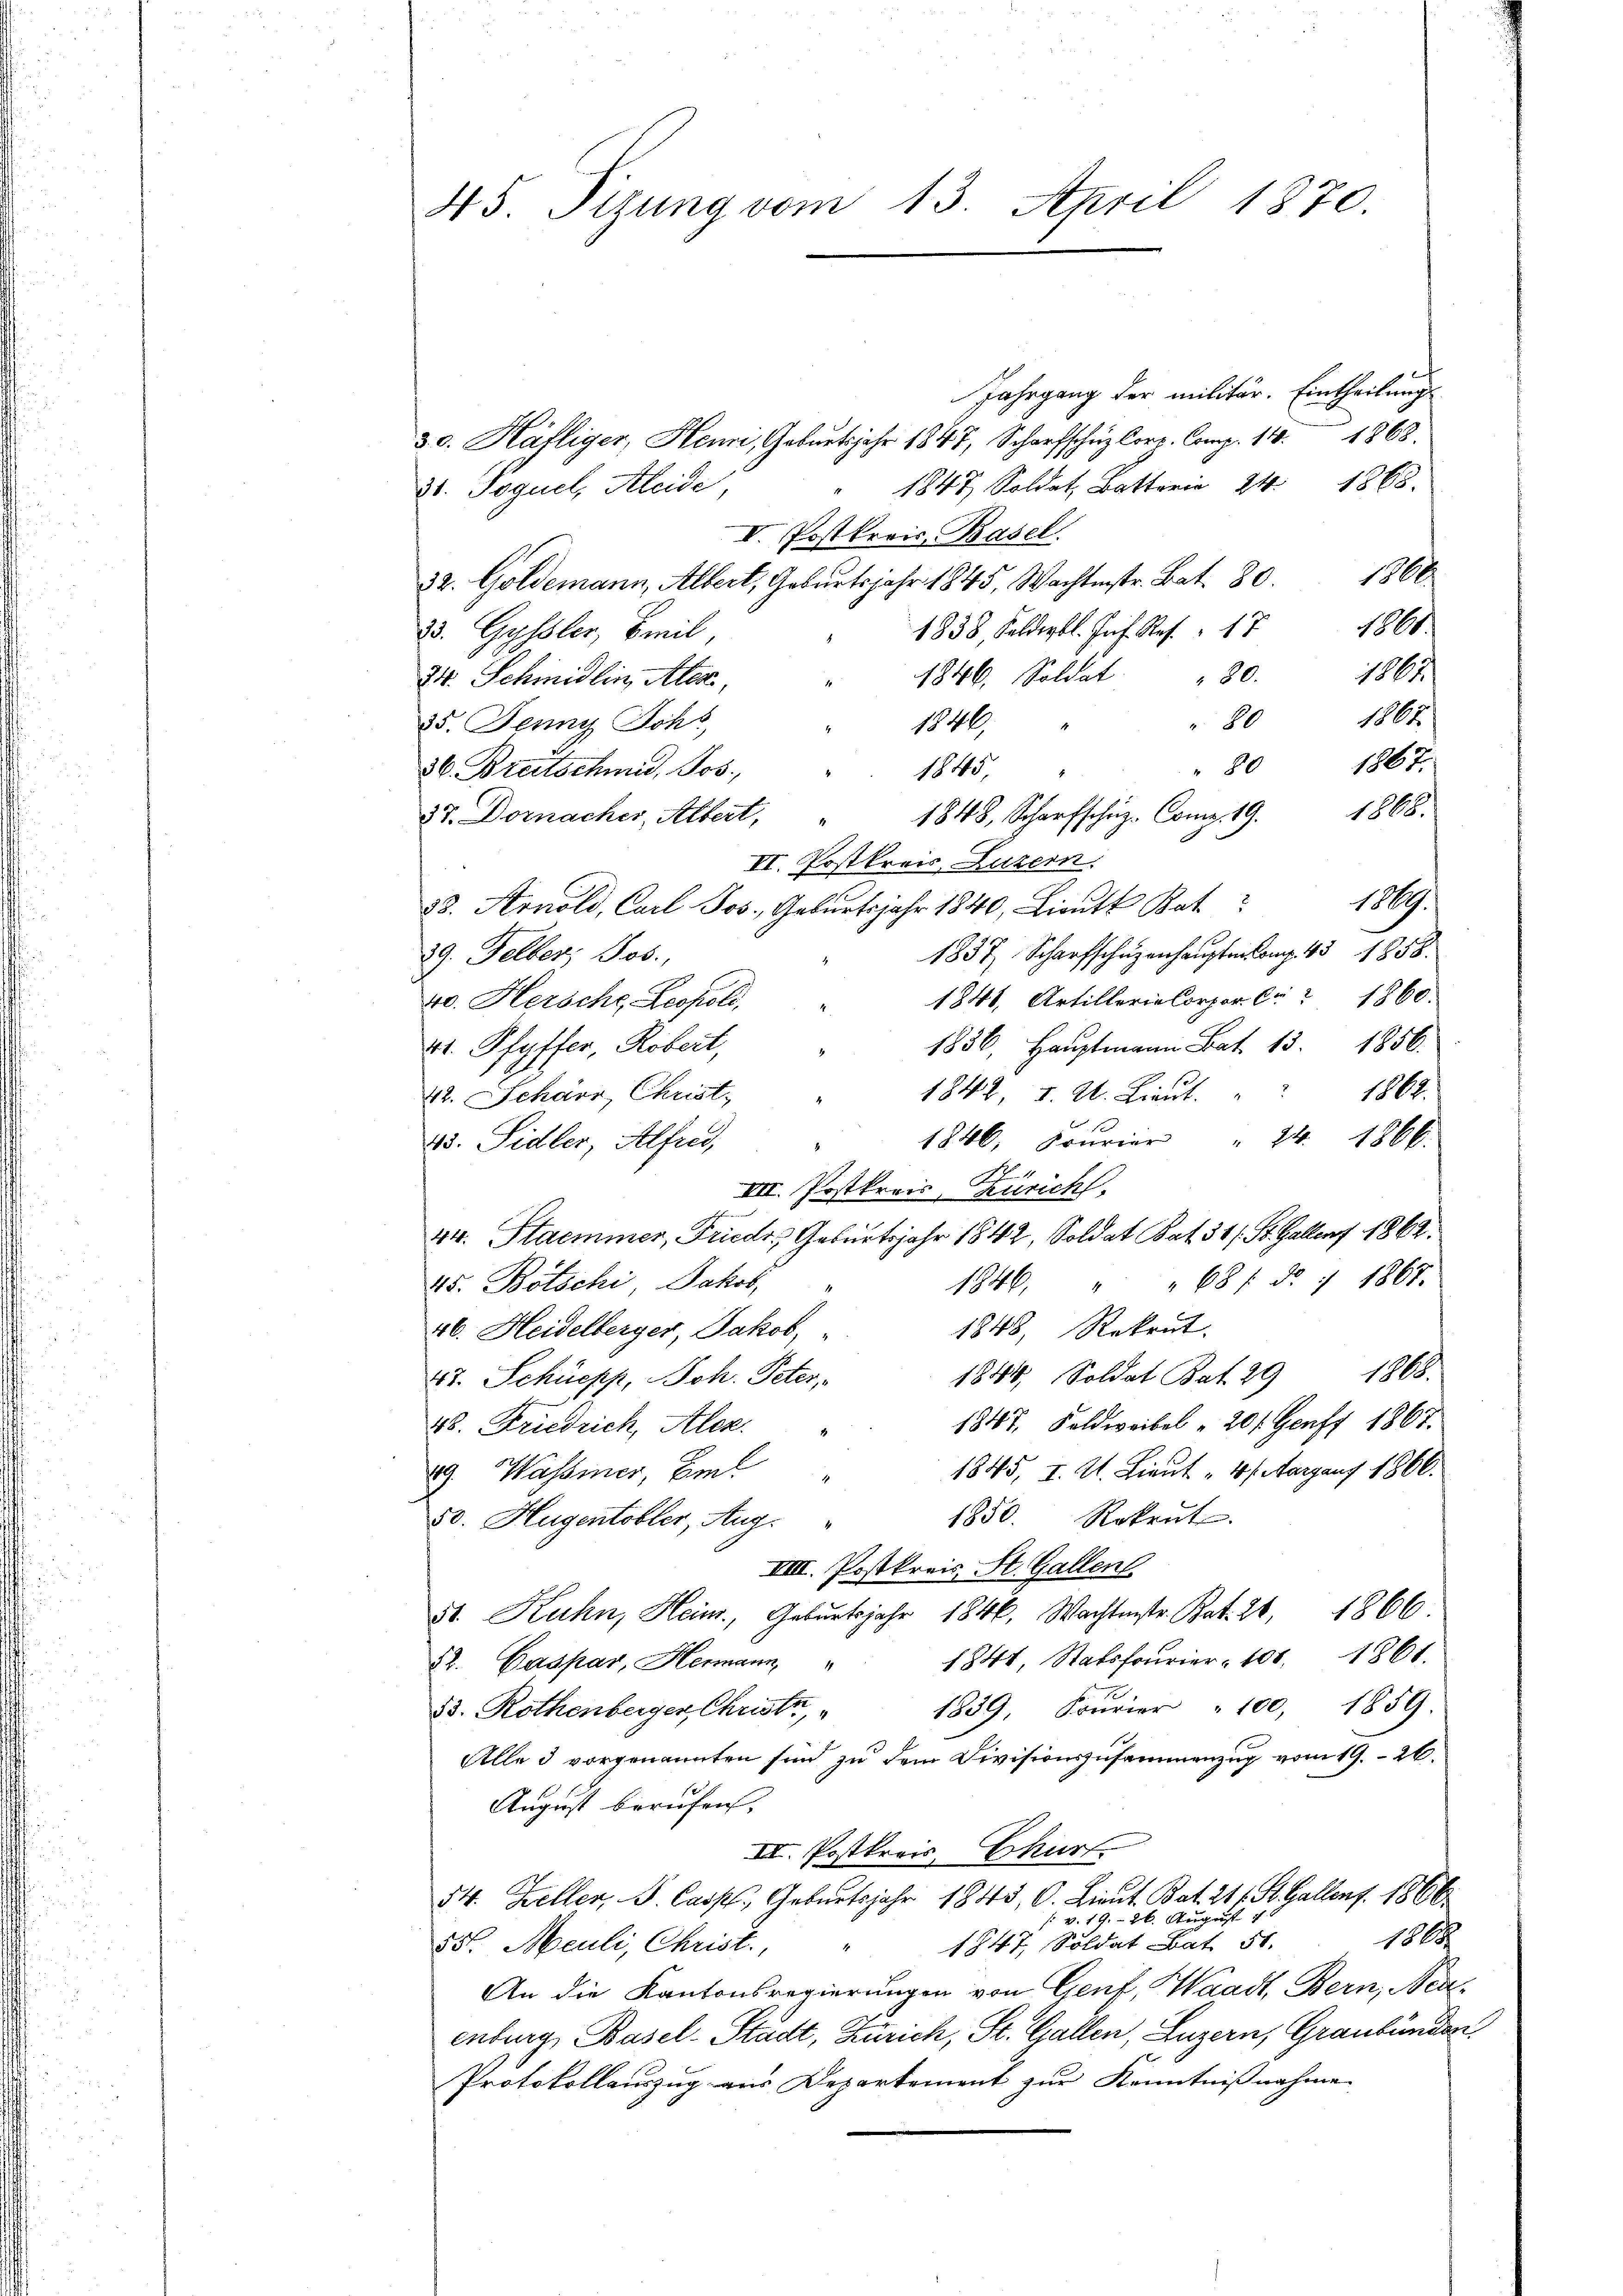
45. Sizung vom 13. April 1870.

Jahrgang der militär. Eintheilungs
1868.
30. Häfliger, Henri, Geburtsjahr 1847, Scharfschuz Corr. Comp. 14.
1847, Soldat Batter 24. 1868.
3. Poguel, Kleide,
V. Postkreis Basel
32. Goldemann, Albert, Geburtsjahr 1845, Wachtenstr. Bat. 80. 1860
1804.
1838, Felderbl. Joh. Res. 17
23. Gyssler, Breil,
1861
1846. Soldat " 80.
24. Schmidlin, Alex
1867
25. Jenny Schl
80
1846,
1802
80
36. Breitschmid, Jos.
1845,
1868.
37. Dornacher, Albert,
1848, Scharfschuz-Comp. 19.
VI. Postkreis Luzern.
1.
33. Arnold, Carl Jos. Geburtsjahr 1840, Lieute Bat
1837 Scharfschüzenhaupter Comp. 45 1858.
39. Felber, Jos.,
1848, Artillerie Corpor. C. 1860.
40. Hersche Leopold,
41. Pfyffer, Robert,
1836, Hauptmann Bat. 13. 1856.
1842, d. M. Lieut.
1862.
42. Scharr, Christ.
1846, Sourier " 24. 1866
45. Sidler, Alfred,
e
VII. Postkreis, Zürich.
44. Stammer, Friedr. Geburtsjahr 1842, Soldat Bat. 31 f. St. Gallenf 1862.
45. Bötschi, Jakob,
1846 " " 68 f. d. 1 1867.
1848, Rekrut.
46. Heidelberger, Jakob,
1848, Soldat Bat. 29 1868.
47. Schüepp, Joh. Peter,
1847, Feldweibel " 201. Genf 1867.
28. Friedrich, Alex.
89 Wasser, Emil
1845, I. A. Lieut "4 / Aargaus 1866.
1850. Rokent
850. Hugentobler, Aug.
VIII. Postkreis St. Gallen
5t. Kuhn, Heim, Geburtsjahr 1846, Wachtmstr. Rat. 26, 1866
1841, Stabsfourier, 108. 1861.
S. Caspar, Hermann,
1839, Sourier " 100, 1859.
53. Rothenberger Christe
Alle d vorgenannten sind zu dem Divisionszusammenzug vom 19. 26.
x
August berichen,
II. Postkreis, Churf
54. Keller, S. Casp. Geburtsjahr 1843, C. Lieut. Bat. 211. St. Gallenf. 1866
/. v. 19. 26. August
1808.
55. Meuli, Christ. " 1847, Soldat Bat. 51.
An die Kantonsregierungen von Genf, Waadt, Bern, Neuenburg, Basel-Stadt, Zürich, St. Gallen, Luzern, Graubünden
Protokollauszug aus Departement zur Kenntnißnahme